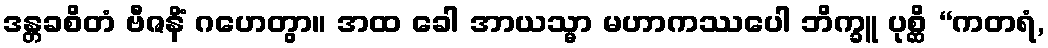
ဒန္တခစိတံ ဗီဇနိံ ဂဟေတွာ။ အထ ခေါ အာယသ္မာ မဟာကဿပေါ ဘိက္ခူ ပုစ္ဆိ “ကတရံ,